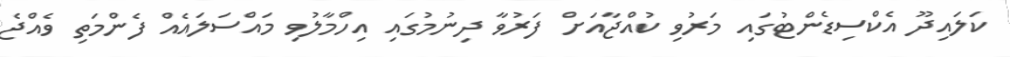
ކަލައިދޫ އެކްސިޑެންޓުގައި މަރުވި ކުއްޖާއަށް ފަރުވާ ދިނުމުގައި އިހްމާލުވި މައްސަލައެއް ފެންމަތި ވެއްޖެ